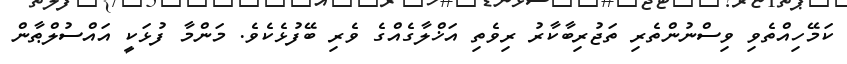
ކަމޭހިއްތެވި ވިސްނުންތެރި ތަޖުރިބާކާރު ރިވެތި އަޚްލާގެއްގެ ވެރި ބޭފުޅެކެވެ. މަންމާ ފުޅަކީ އައްސުލްޠާން